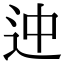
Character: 迚